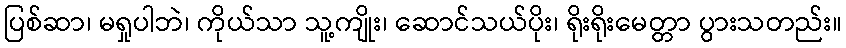
ပြစ်ဆာ၊ မရှုပါဘဲ၊ ကိုယ်သာ သူ့ကျိုး၊ ဆောင်သယ်ပိုး၊ ရိုးရိုးမေတ္တာ ပွားသတည်း။